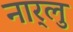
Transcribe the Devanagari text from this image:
नार्‍लु